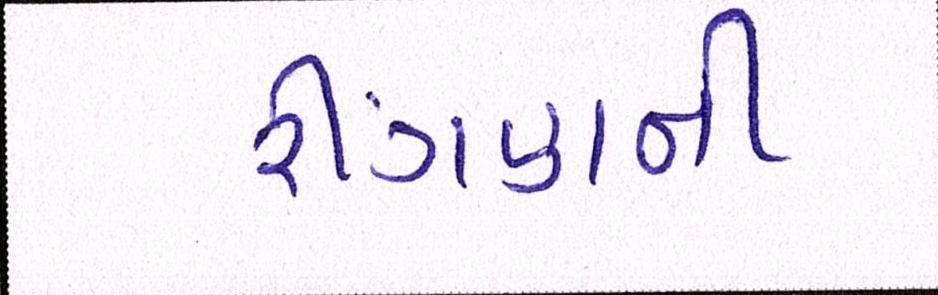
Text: રીંગણની